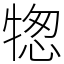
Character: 㹅